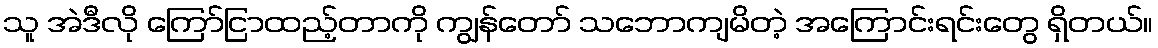
သူ အဲဒီလို ကြော်ငြာထည့်တာကို ကျွန်တော် သဘောကျမိတဲ့ အကြောင်းရင်းတွေ ရှိတယ်။